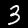
Digit: 3